Report on the administration of the Government Cinchona Department 1892-98
Year: 1892
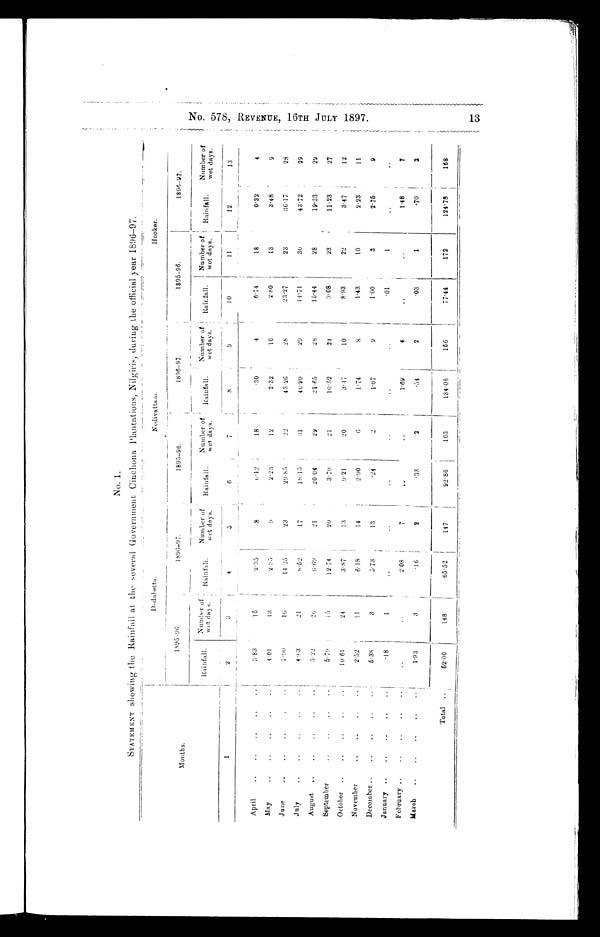
No. 1.
STATEM ENT showing the Rainfall at the several Government Cinchona Plantations, Nilgiris, during the official year 1896-97.
Months.
Dodabetta.
Nedivattam.
Hooker.
1895-96.
1896-97.
1895-96.
1896-97.
1895-96.
1896-97.
Rainfall.
Number of
wet day s.
Rainfall
Number of
wet days.
Rainfall.
Number of
wet days.
Rainfall.
Number of
wet days.
Rainfall.
Number of
wet days.
Rainfall.
Number of
wet days.
1
2
3
4
5
6
7
8
9
10
11
12
13
April
..
..
..
..
..
3 . 8 3
15
2.35
8
6.12
18
.30
4
6.74
18
0.32
4
May
..
..
..
..
..
4.01
13
2.95
9
2.23
12
2.32
10
2 . 8 0
13
3.48
9
June
..
..
..
.
. .
7.90
16
14.25
23
29.85
22
43.26
28
23.27
23
3 6 . 1 7
28
July
..
..
..
..
..
4 . 6 3
21
8 . 5 2
17
18.15 31
46.90
29
14.71
30
4372
29
August
..
..
..
..
..
.5.22
26
6 . 6 9
21
20.04
29
21.65
2 8
15.44
28
19.23
29
September
..
..
..
..
5 . 7 9
15
12.74
20
3.79
21
1 0 . 5 2
24
3 . 0 8
23
11.23
2 7
October ..
..
..
..
..
1 0 . 6 1
24
3 8 7
13
9.21
20
3.47
10
8.93
22
3.47
12
November
..
..
. . . .
2 . 5 2
11
6.18
14
2.90
6
1.74
8
1.43
10
2 . 2 3
11
December ..
..
..
..
..
5.38
3
5 . 7 3
13
.24
2
1.67
9
1.00
3
2.76
9
January..
..
..
..
..
. 1 8
1
..
. .
..
..
..
..
.01
1
.
.
..
February ..
..
..
..
..
. .
. . '
2.08
7
..
..
1.69
4
..
..
1 .48
7
March
..
..
..
..
..
1.93
3
.16
2
.33
2
.54
2
.03
1
.70
3
Total ..
52.00
148
65.52
147
92.86
163
134.06
156
77.44
172
124.78
168
N o . 5 7 8 , R E V E N U E , 1 6 T H J U L Y 1 8 9 7 . 1 3